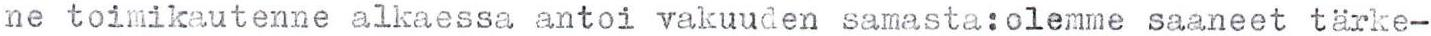
ne toimikautenne alkaessa antoi vakuuden samasta:olemme saaneet tärke-